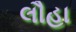
લૌહા